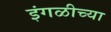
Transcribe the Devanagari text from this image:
इंगळीच्या